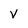
Character: v